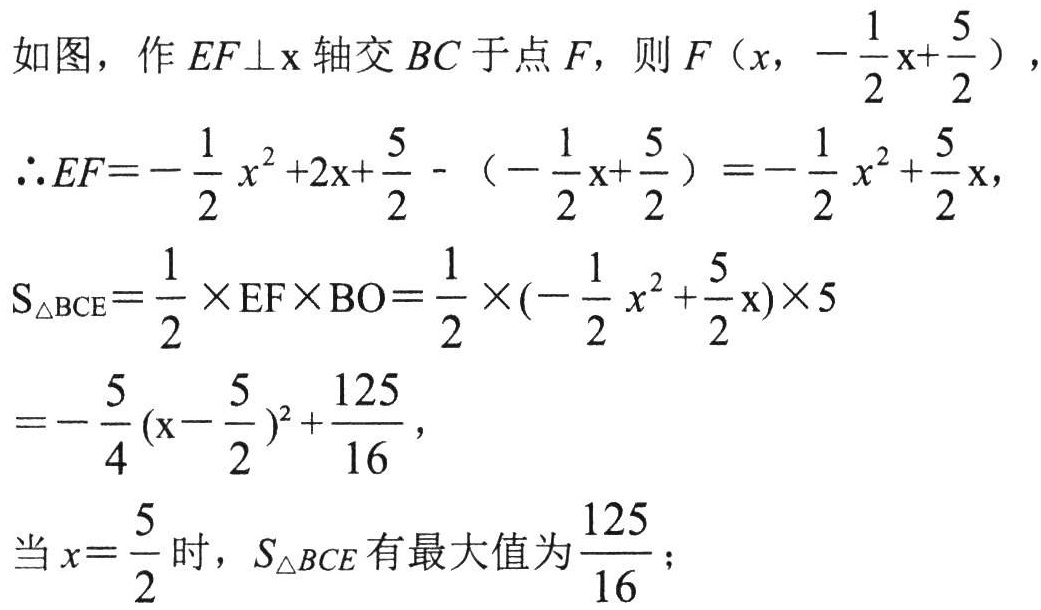
如图，作 \(EF\perp x\) 轴交 \(BC\) 于点 \(F\)，则 \(F\left(x, -\dfrac{1}{2}x+\dfrac{5}{2}\right)\)，
\(\therefore EF = -\dfrac{1}{2}x^{2}+2x+\dfrac{5}{2}-\left(-\dfrac{1}{2}x+\dfrac{5}{2}\right)=-\dfrac{1}{2}x^{2}+\dfrac{5}{2}x\)，
\(S_{\triangle BCE}=\dfrac{1}{2}\times EF\times BO=\dfrac{1}{2}\times\left(-\dfrac{1}{2}x^{2}+\dfrac{5}{2}x\right)\times 5\)
\(=-\dfrac{5}{4}\left(x - \dfrac{5}{2}\right)^{2}+\dfrac{125}{16}\)，
当 \(x = \dfrac{5}{2}\) 时，\(S_{\triangle BCE}\) 有最大值为 \(\dfrac{125}{16}\)；